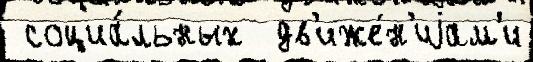
 социа́льных  дв'иже́н'иjам'и